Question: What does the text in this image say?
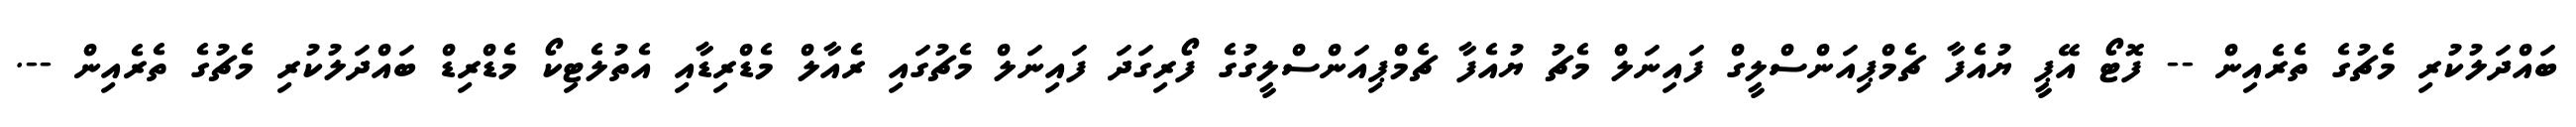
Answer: ބައްދަލުކުރި މެޗުގެ ތެރެއިން -- ފޮޓޯ އޭޕީ ޔުއެފާ ޗެމްޕިއަންސްލީގް ފައިނަލް މެޗު ޔުއެފާ ޗެމްޕިއަންސްލީގުގެ ފޯރިގަދަ ފައިނަލް މެޗުގައި ރެއާލް މެޑްރިޑާއި އެތުލެޓިކޯ މެޑްރިޑް ބައްދަލުކުރި މެޗުގެ ތެރެއިން --.